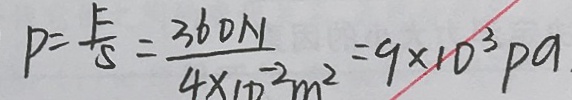
P = \frac { F } { S } = \frac { 3 6 0 N } { 4 \times 1 0 ^ { - 2 } m ^ { 2 } } = 9 \times 1 0 ^ { 3 } P a